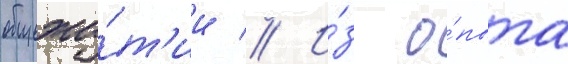
общежи́т'ии // И́з о́пыта